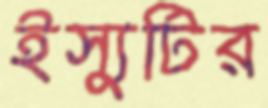
ইস্যুটির